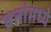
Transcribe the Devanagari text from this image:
व्रतांमध्ये